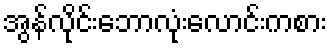
အွန်လိုင်းဘောလုံးလောင်းကစား